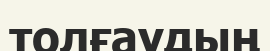
толғаудың